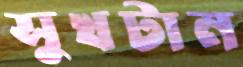
সুখটান